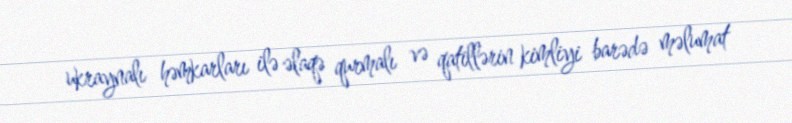
ukraynalı həmkarları ilə əlaqə qurmalı və qatillərin kimliyi barədə məlumat